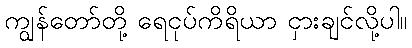
ကျွန်တော်တို့ ရေငုပ်ကိရိယာ ငှားချင်လို့ပါ။